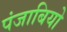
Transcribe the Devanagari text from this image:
पंजाबियो